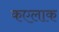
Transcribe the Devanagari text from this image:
कएलाक